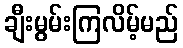
ချီးမွမ်းကြလိမ့်မည်